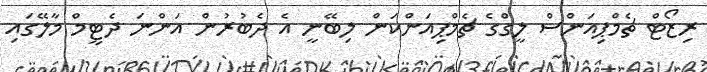
ރިޒޯޓް ޗެމްޕިއަންސް ލީގްގެ ޗެމްޕިއަންކަން ލިބޭނީ އެ ދެބުރުން އަންނަ ދެޓީމް މާލޭގައި